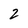
Character: 2